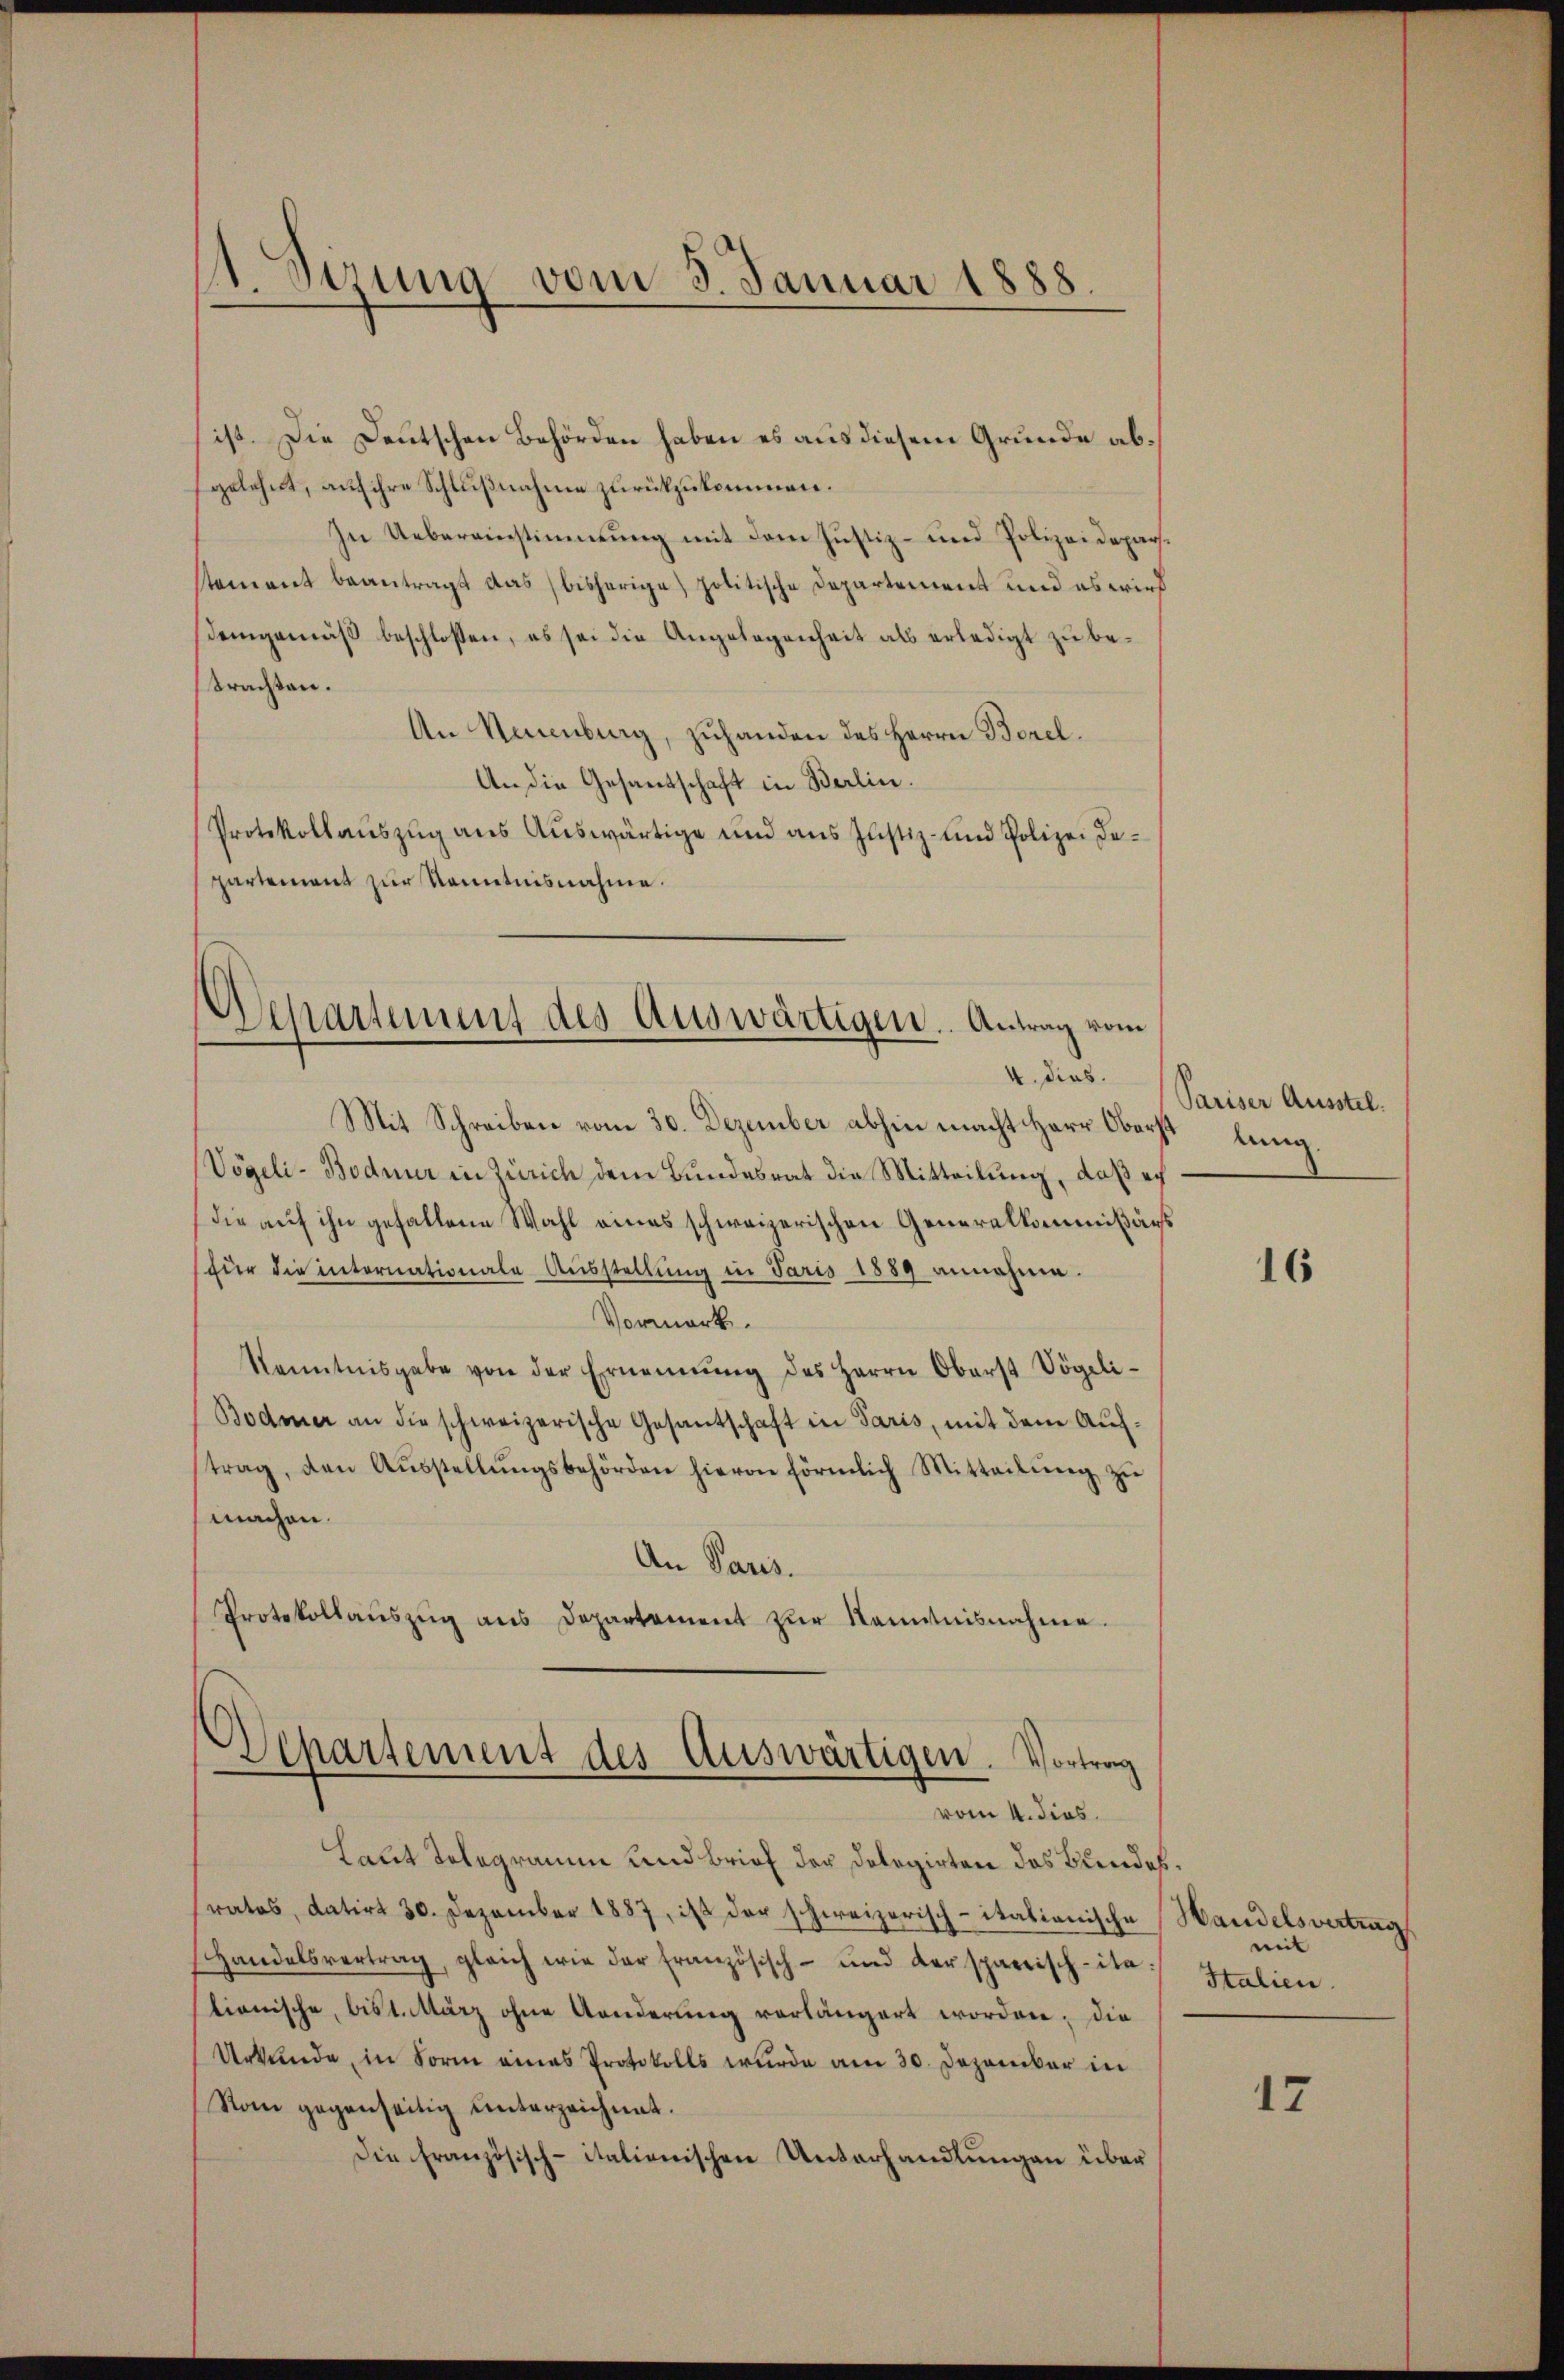
¬
Sizung vom 3. Januar 1888.

ist. Die Deutschen Behörden haben es aus diesem Grunde abgelehnt, auf ihre Schlußnahme zurückzukommen.
In Uebereinstimmung mit dem Justiz- und Polizeidepar-
stement beantragt das bisherige politische Departement und es wird
demgemäß beschlossen, es sei die Angelegenheit als erledigt zu betrachten.
An Neuenburg, zuhanden des Herrn Borel.
An die Gesandschaft in Berlin.
Protokollauszug aus Auswärtige und aus Justiz- und Polizei Bepartement zur Kenntnisnahme.

Separtement des Auswärtigen. Antrag vom
4. dies.

Mit Schreiben vom 30. Dezember abhin macht Herr Oberst lung
Vögeli-Bodner in Zürich dem Bundesrat die Mitteilung, daß er
die auf ihn gefallene Wahl eines schweizerischen Generalkommißärs
für die internationale Ausstellung in Jaris 1889 annehme.
Vormerk.
Kenntnisgabe von der Ernennung des Herrn Oberst Vögeli-
Bodmer an die schweizerische Gesantschaft in Paris, mit dem Auftrag, den Aŭsstellŭngsbehörden hievon förmlich Mitteilŭng zŭ
machen.
An Paris.
Protokollaŭszŭg ans Departement zŭr Kenntnisnahme.
Departement des Auswärtigen. Vortrag
vom 4. dies.
Laut Telegramm und Brief der Dologirten das Bundes¬
Pratos, datirt 30. Dezember 1887, ist der schweizerisch-itationische Handelsvertrag
Handelsvertrag, gleich wie der französisch- und der sparisch-ita:
tionische, bist. März ohne Aenderung vorlängert worden, die
Urkunde, in Form eines Protokolls wurde am 30. Dezember in
Nom gegenseitig unterzeichnet.
Die Französisch-italienischen Unterhandlungen über

Pariser Ausstel.

16

mit
Italien.

17